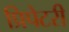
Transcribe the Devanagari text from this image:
प्रिपेटरी